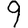
Digit: 9